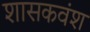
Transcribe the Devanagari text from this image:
शासकवंश